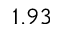
1 . 9 3